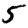
Digit: 5